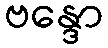
ဗန္ဒော